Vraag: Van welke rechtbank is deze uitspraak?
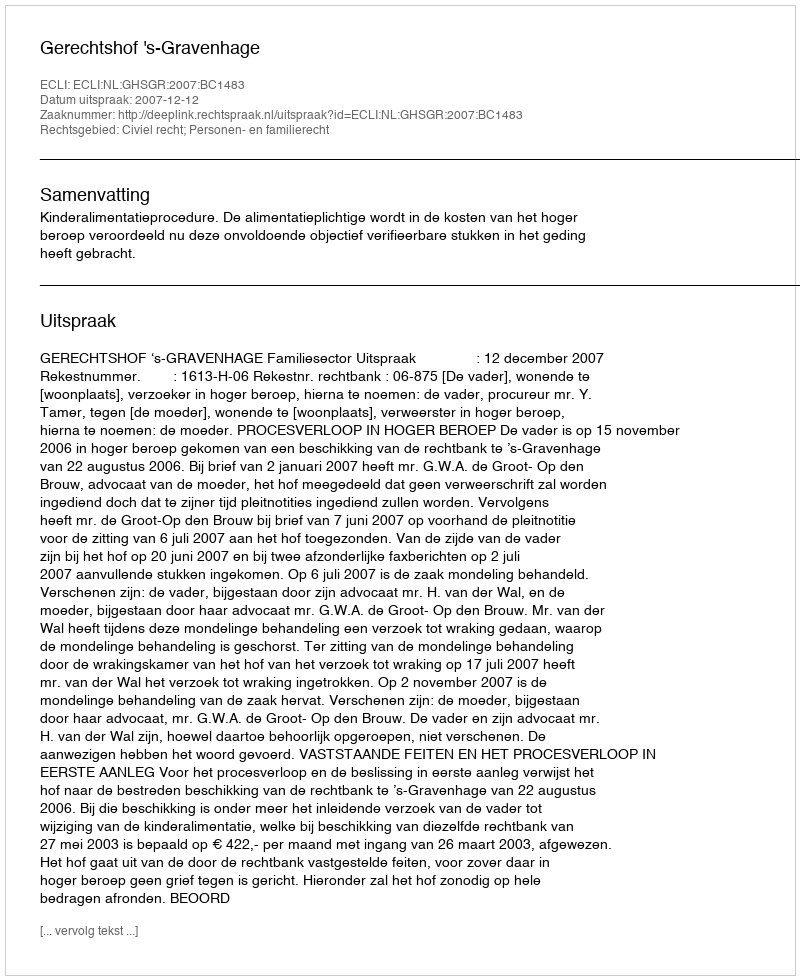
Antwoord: Gerechtshof 's-Gravenhage